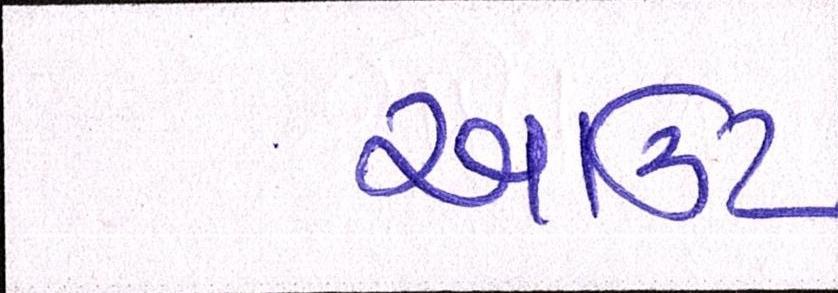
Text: આઉટ